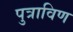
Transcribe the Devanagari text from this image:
पुत्राविण